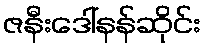
ဇနီးဒေါ်နန်ဆိုင်း